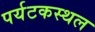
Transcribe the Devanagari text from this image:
पर्यटकस्थल